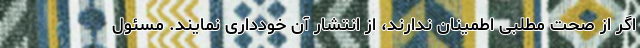
اگر از صحت مطلبی اطمینان ندارند، از انتشار آن خودداری نمایند. مسئول